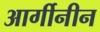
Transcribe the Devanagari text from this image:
आर्गीनीन